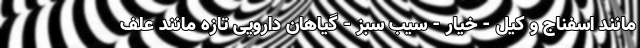
مانند اسفناج و کیل - خیار - سیب سبز - گیاهان دارویی تازه مانند علف